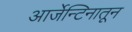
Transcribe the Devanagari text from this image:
आर्जेन्टिनातून